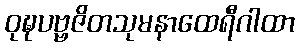
ဝုဍ္ဎပဗ္ဗဇိတသုမနာထေရီဂါထာ